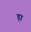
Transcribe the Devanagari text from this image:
ड़ा